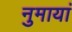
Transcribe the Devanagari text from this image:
नुमायां